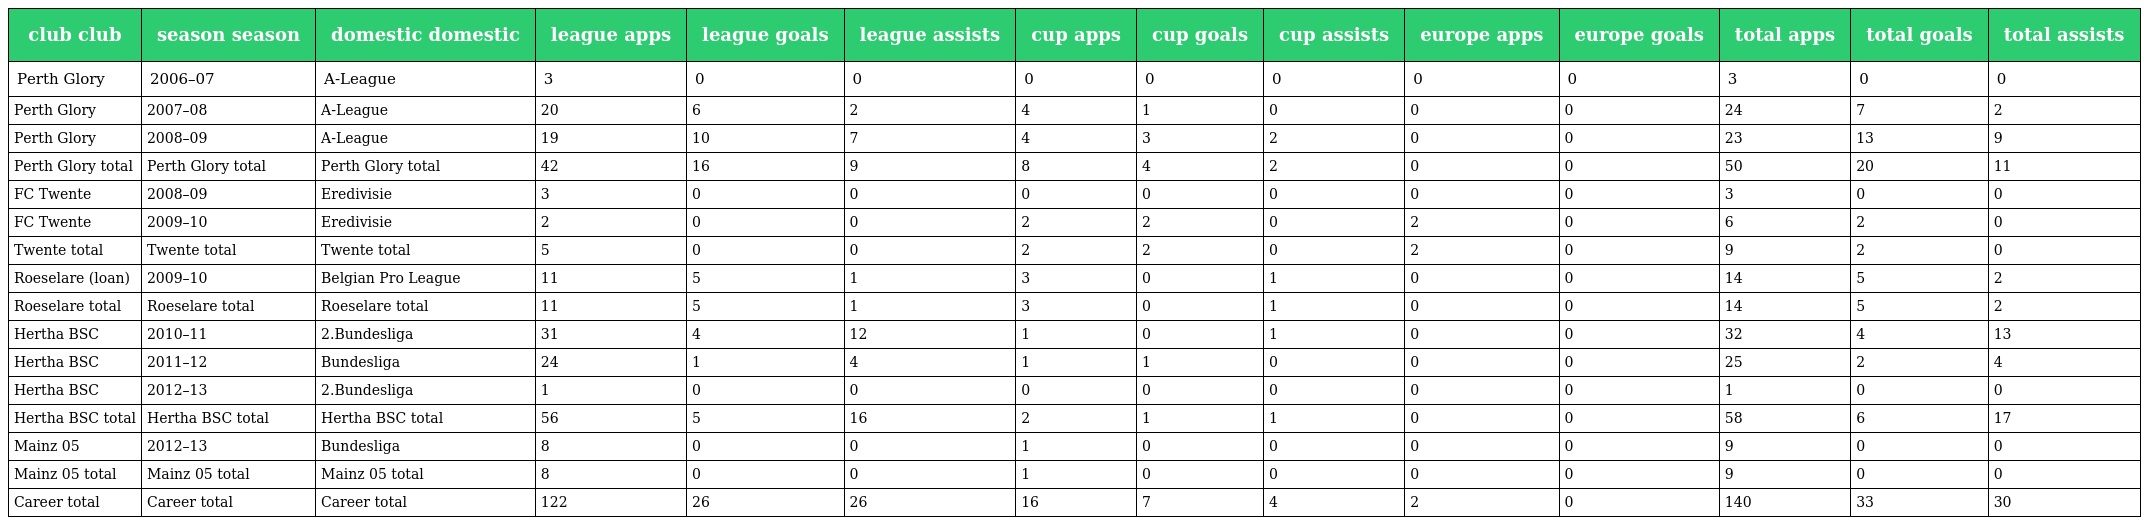
| club club | season season | domestic domestic | league apps | league goals | league assists | cup apps | cup goals | cup assists | europe apps | europe goals | total apps | total goals | total assists |
 | --- | --- | --- | --- | --- | --- | --- | --- | --- | --- | --- | --- | --- | --- |
 | Perth Glory | 2006–07 | A-League | 3 | 0 | 0 | 0 | 0 | 0 | 0 | 0 | 3 | 0 | 0 |
 | Perth Glory | 2007–08 | A-League | 20 | 6 | 2 | 4 | 1 | 0 | 0 | 0 | 24 | 7 | 2 |
 | Perth Glory | 2008–09 | A-League | 19 | 10 | 7 | 4 | 3 | 2 | 0 | 0 | 23 | 13 | 9 |
 | Perth Glory total | Perth Glory total | Perth Glory total | 42 | 16 | 9 | 8 | 4 | 2 | 0 | 0 | 50 | 20 | 11 |
 | FC Twente | 2008–09 | Eredivisie | 3 | 0 | 0 | 0 | 0 | 0 | 0 | 0 | 3 | 0 | 0 |
 | FC Twente | 2009–10 | Eredivisie | 2 | 0 | 0 | 2 | 2 | 0 | 2 | 0 | 6 | 2 | 0 |
 | Twente total | Twente total | Twente total | 5 | 0 | 0 | 2 | 2 | 0 | 2 | 0 | 9 | 2 | 0 |
 | Roeselare (loan) | 2009–10 | Belgian Pro League | 11 | 5 | 1 | 3 | 0 | 1 | 0 | 0 | 14 | 5 | 2 |
 | Roeselare total | Roeselare total | Roeselare total | 11 | 5 | 1 | 3 | 0 | 1 | 0 | 0 | 14 | 5 | 2 |
 | Hertha BSC | 2010–11 | 2.Bundesliga | 31 | 4 | 12 | 1 | 0 | 1 | 0 | 0 | 32 | 4 | 13 |
 | Hertha BSC | 2011–12 | Bundesliga | 24 | 1 | 4 | 1 | 1 | 0 | 0 | 0 | 25 | 2 | 4 |
 | Hertha BSC | 2012–13 | 2.Bundesliga | 1 | 0 | 0 | 0 | 0 | 0 | 0 | 0 | 1 | 0 | 0 |
 | Hertha BSC total | Hertha BSC total | Hertha BSC total | 56 | 5 | 16 | 2 | 1 | 1 | 0 | 0 | 58 | 6 | 17 |
 | Mainz 05 | 2012–13 | Bundesliga | 8 | 0 | 0 | 1 | 0 | 0 | 0 | 0 | 9 | 0 | 0 |
 | Mainz 05 total | Mainz 05 total | Mainz 05 total | 8 | 0 | 0 | 1 | 0 | 0 | 0 | 0 | 9 | 0 | 0 |
 | Career total | Career total | Career total | 122 | 26 | 26 | 16 | 7 | 4 | 2 | 0 | 140 | 33 | 30 |